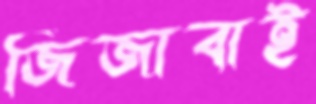
জিজাবাই